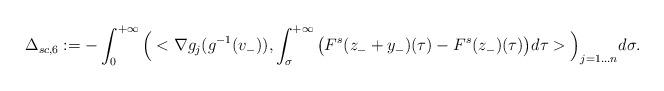
LaTeX: \begin{align*}\Delta_{sc,6}:=-\int_0^{+\infty}\Big(<\nabla g_j(g^{-1}(v_-)),\int_\sigma^{+\infty}\big(F^s(z_-+y_-)(\tau)-F^s(z_-)(\tau)\big)d\tau>\Big)_{j=1\ldots n}d\sigma.\end{align*}